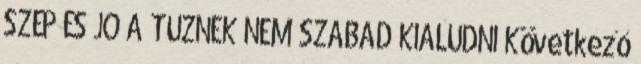
SZÉP ÉS JÓ A TŰZNEK NEM SZABAD KIALUDNI Következő